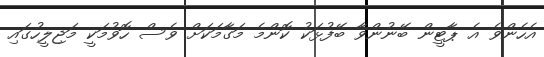
އެހެންވެ އެ ޕާޓީން ބޭނުންވާ ބޭފުޅަކު ކޮންމެ މަގާމަކަށް ވެސް ހޮވުމަކީ މަޖިލީހުގައި